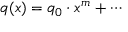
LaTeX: q ( x ) = q _ { 0 } \cdot x ^ { m } + \cdots